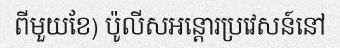
ពីមួយខែ) ប៉ូលីសអន្តោរប្រវេសន៍នៅ